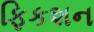
ફિકશન